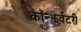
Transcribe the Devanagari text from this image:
कॉन्झर्वेटरी